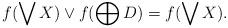
LaTeX: \begin{align*}f(\bigvee X) \vee f(\bigoplus D) = f(\bigvee X).\end{align*}